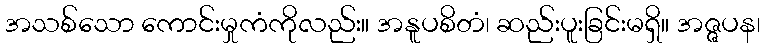
အသစ်သော ကောင်းမှုကံကိုလည်း။ အနူပစိတံ၊ ဆည်းပူးခြင်းမရှိ။ အဇ္ဇပန၊